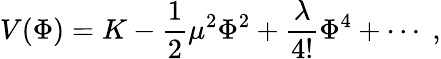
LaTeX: V(\Phi)=K-\frac 12\mu^{2}\Phi^{2}+\frac{\lambda}{4!}\Phi^{4}+\cdots\; ,